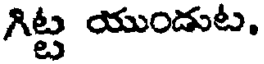
గిట్ట యుండుట.